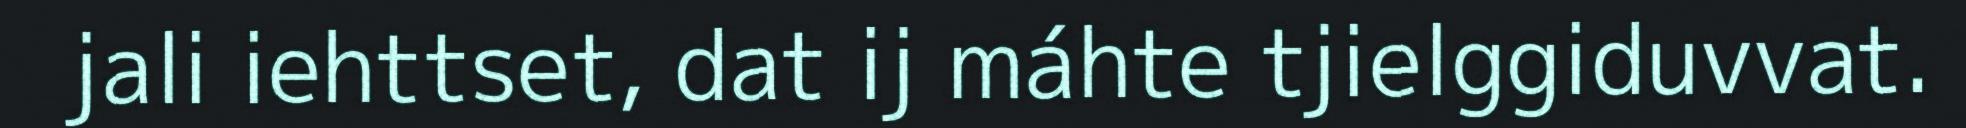
jali iehttset, dat ij máhte tjielggiduvvat.